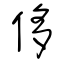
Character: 侈